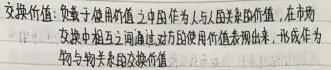
交换价值：负载于使用价值之上、作为人与人的关系的价值。在市场交换中，相互交换的对方的使用价值表现出来，形成作为物与物关系的交换价值。